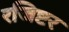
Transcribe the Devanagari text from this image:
रजिष्टर